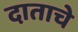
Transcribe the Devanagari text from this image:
दाताचे